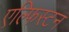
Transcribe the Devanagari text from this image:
एल्फिस्टन